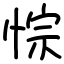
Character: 悰